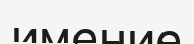
имение